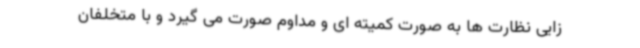
زایی نظارت ها به صورت کمیته ای و مداوم صورت می گیرد و با متخلفان